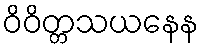
ဝိဝိတ္တသယနေန